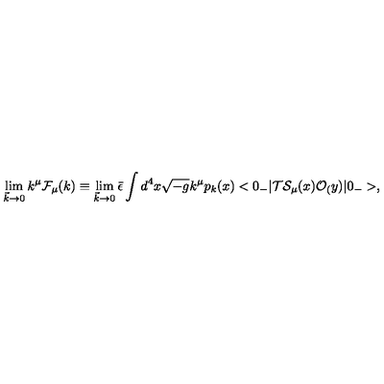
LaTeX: \lim _ { { \vec { k } } \rightarrow 0 } k ^ { \mu } { \cal F } _ { \mu } ( k ) \equiv \lim _ { { \vec { k } } \rightarrow 0 } { \bar { \epsilon } } \int d ^ { 4 } x \sqrt { - g } k ^ { \mu } p _ { k } ( x ) < 0 _ { - } | { \cal T } { \cal S } _ { \mu } ( x ) { \cal O } _ { ( } y ) | 0 _ { - } > ,